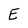
Character: E